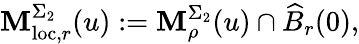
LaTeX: \mathbf{M}_{\mathrm{{loc}},r}^{\Sigma_{2}}(u):=\mathbf{M}_{\rho}^{\Sigma_{2}}(u)\cap\widehat{{B}}_{r}(0),